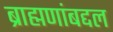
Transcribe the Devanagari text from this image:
ब्राह्मणांबद्दल